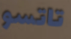
تاتسو